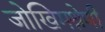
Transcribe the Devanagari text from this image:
जोखिमश्रेणी